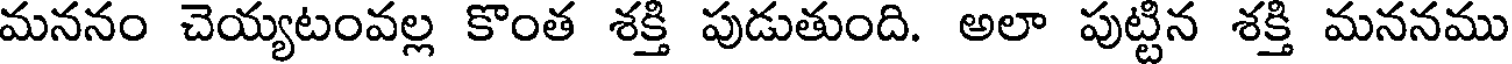
మననం చెయ్యటంవల్ల కొంత శక్తి పుడుతుంది. అలా పుట్టిన శక్తి మననము